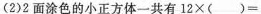
(2)2面涂色的小正方体一共有$$1 2 × ( ) =